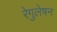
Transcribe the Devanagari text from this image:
रेगुलेषन